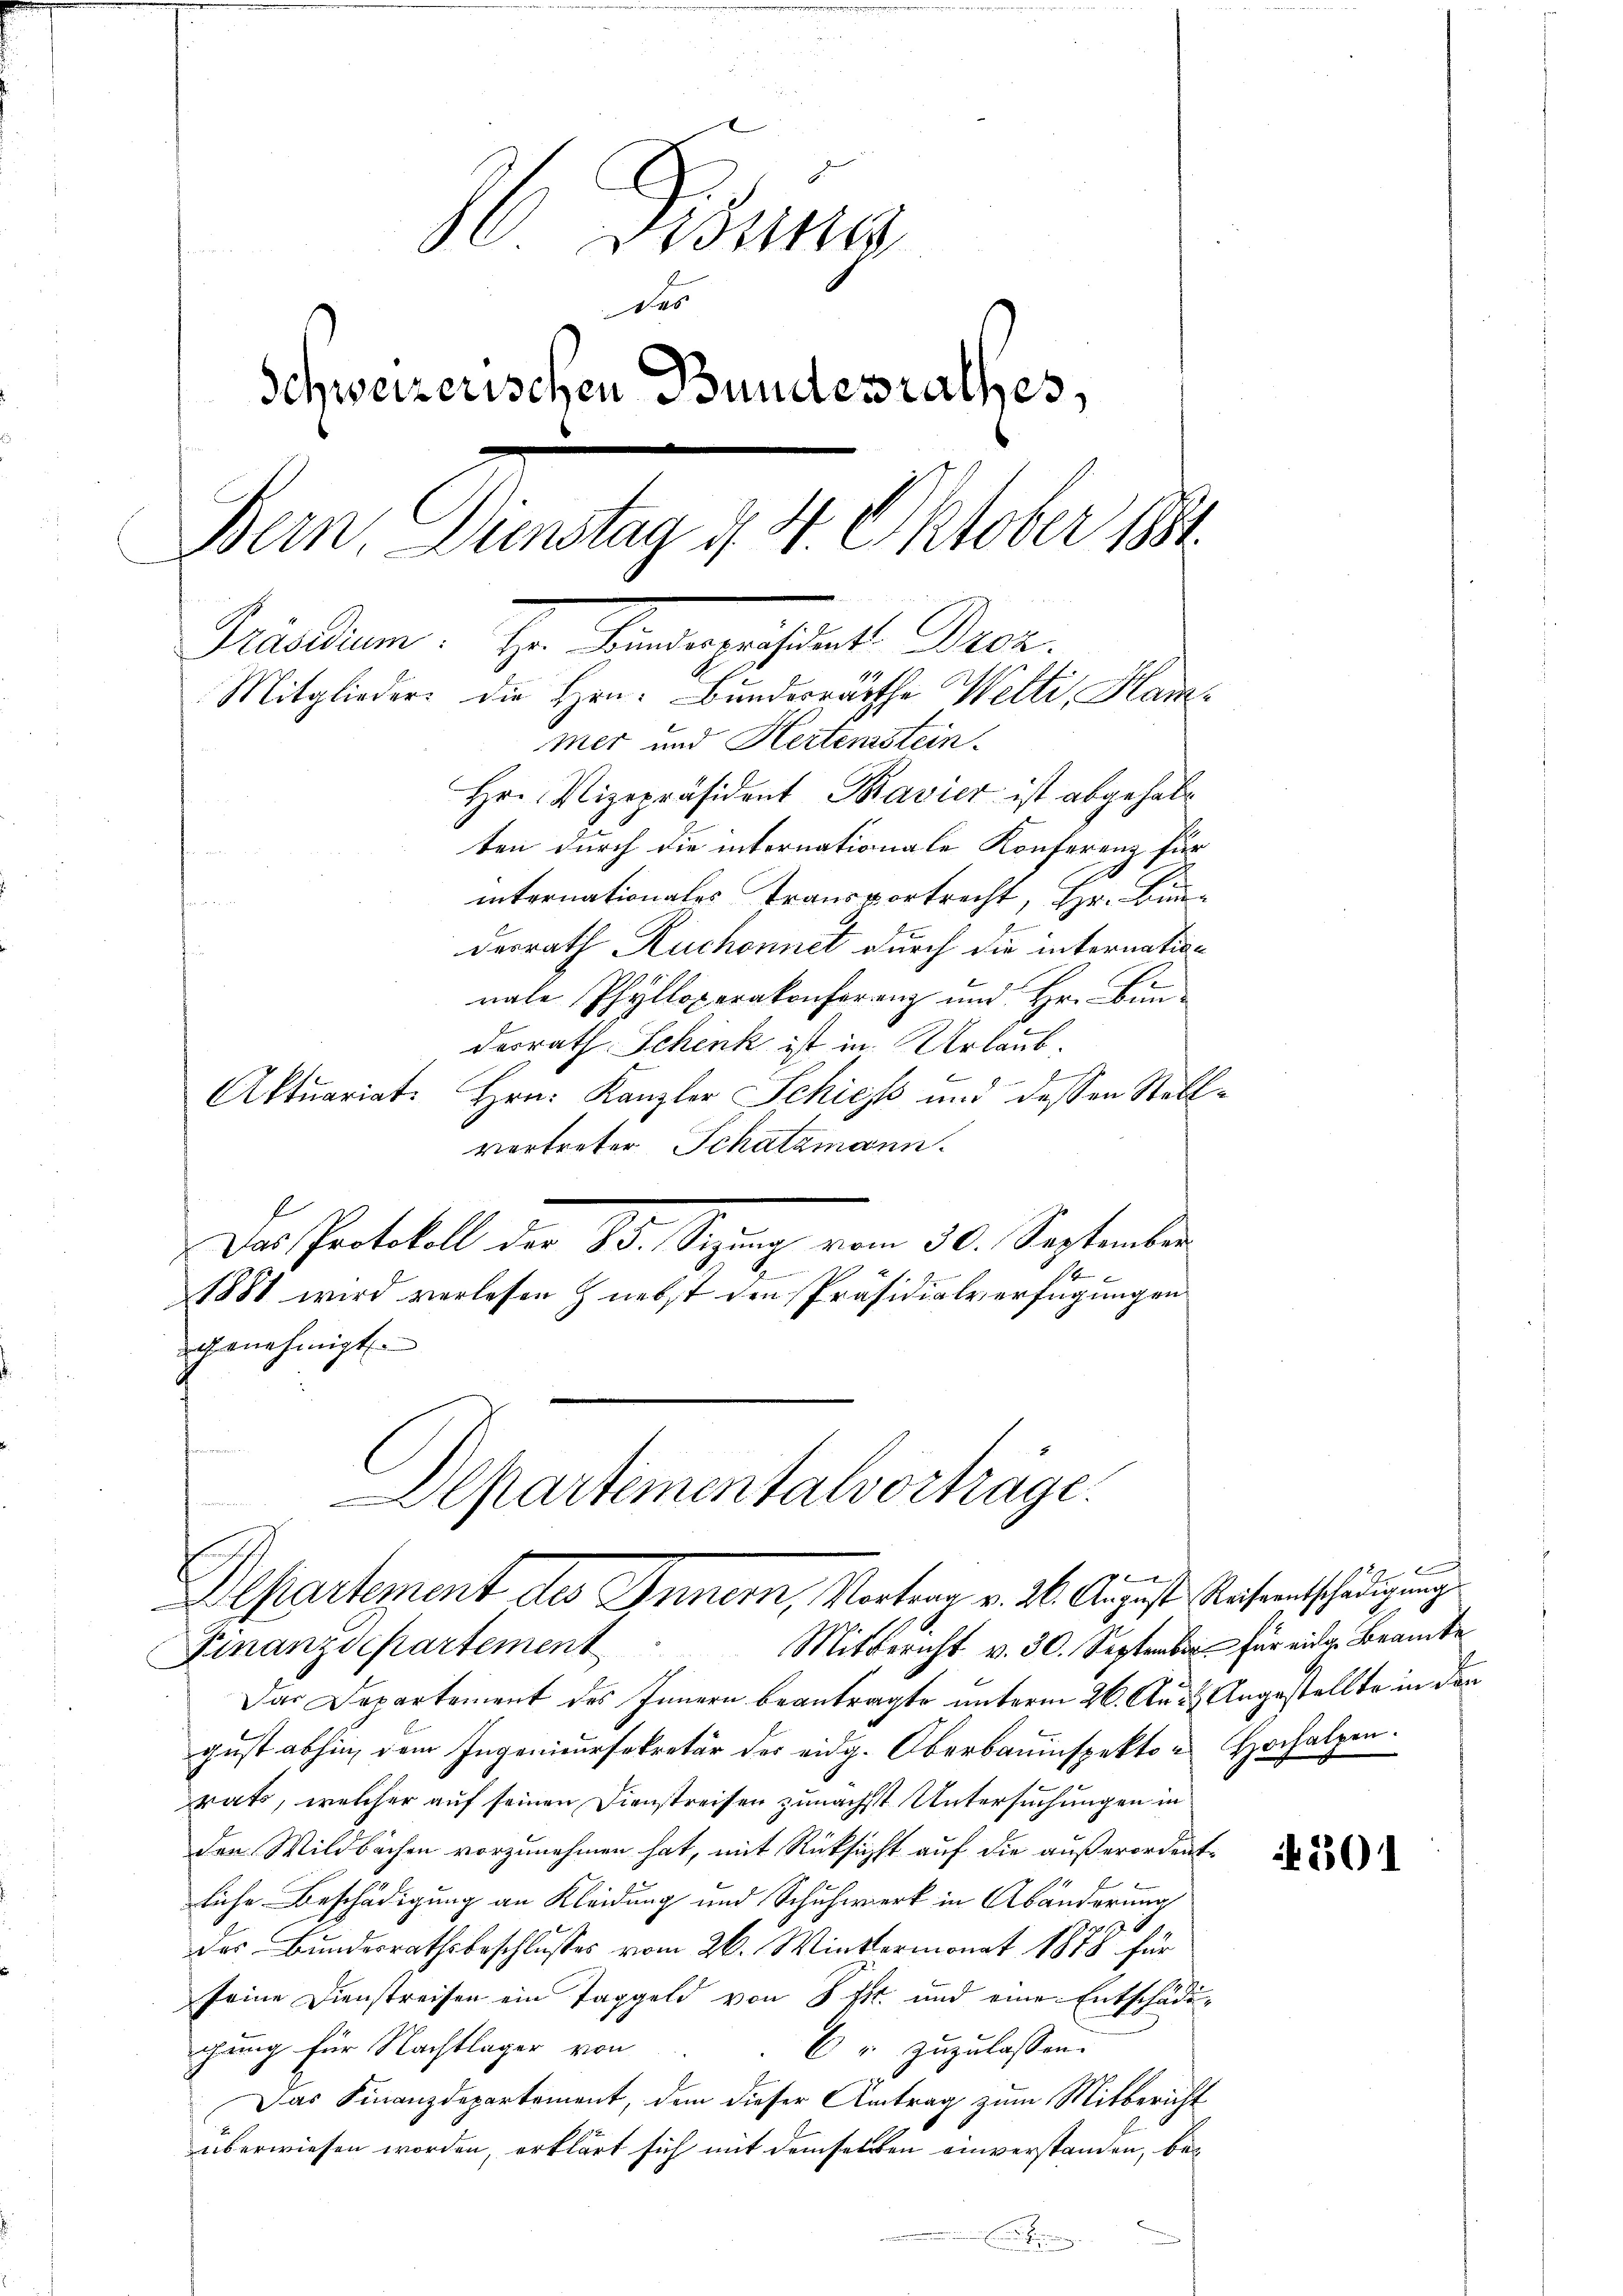
. Bisung
Das
Schweizerischen Bundesrathes,
e
Bern. Dienstag d. 4. Oktober 1891
Muellen. H. Tragistrat Dr.
Mitglieder die Hrn. Bundesräthe Welti, Hammer und Hertenstein.
Hrn. Vizepräsident Bavier ist abgehabt
ten durch die internationale Konferenz für
o
internationales Transportrecht, Hr. Bin¬

derrath Ruchonnet durch die internation
nale Phylloperakonferenz und Hr. Bun-
derrath Schenk ist in Urlaub.
E
Aktuariat. Hrn. Kanzler Schies und dessen Stell
vertreter Schatzmann.
Das Protokoll der 80. ezung vom 30. September
6
1881 wird verlesen & nebst den Präsidialverfügungen
genehmigt.
Aepartementalvortrage.
Departement des Innern, Vortrag v. 216. August Kaisentschädigung
Finanzdepartement. Mitgericht v. 30. September für eidg. Beamte
Das Departement des Innern beantragte unterm 26. Aus & Angestellte in den
gust abhin, dem Ingenieursekretär der eidg. Oberbauinspektor Hochalpen.
rats, welcher auf seinen Dienstreisen zunächst Untersuchungen in
den Wildbachen vorzunehmen hat, mit Rücksicht auf die außerordent
liche Beschädigung an Kleidung und Schuhwerk in Abänderung
des Bundesrathsbeschlusses vom 26. Wiettermonat 1878 für
seine Dienstreisen ein Taggeld von 8 Fr. und eine Entschädigung für Nachtlager von
Er zuzulassen.
Das Finanzdepartement, dem dieser Antrag zum Mitbericht
überwiesen worden, erklärt sich mit demselben einverstanden, be¬

501